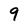
Character: 9